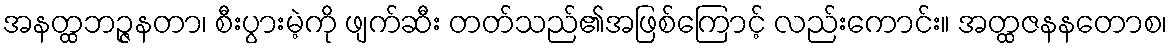
အနတ္ထဘဉ္ဇနတာ၊ စီးပွားမဲ့ကို ဖျက်ဆီး တတ်သည်၏အဖြစ်ကြောင့် လည်းကောင်း။ အတ္ထဇနနတောစ၊